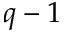
q - 1